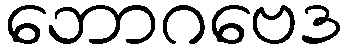
ဘောဂဗေဒ